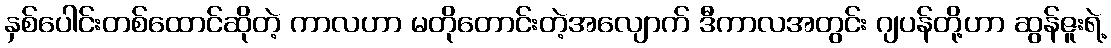
နှစ်ပေါင်းတစ်ထောင်ဆိုတဲ့ ကာလဟာ မတိုတောင်းတဲ့အလျောက် ဒီကာလအတွင်း ဂျပန်တို့ဟာ ဆွန်ဇူးရဲ့